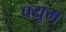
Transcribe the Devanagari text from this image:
फ्यूम